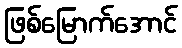
ဖြစ်မြောက်အောင်